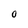
Character: O